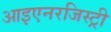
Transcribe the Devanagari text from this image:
आइएनरजिस्ट्री